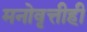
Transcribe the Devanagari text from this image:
मनोवृत्तीही